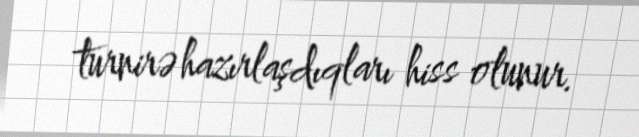
turnirə hazırlaşdıqları hiss olunur.